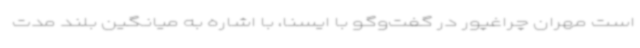
است مهران چراغپور در گفت‌وگو با ایسنا، با اشاره به میانگین بلند مدت